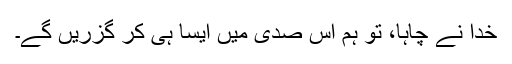
خدا نے چاہا، تو ہم اس صدی میں ایسا ہی کر گزریں گے۔